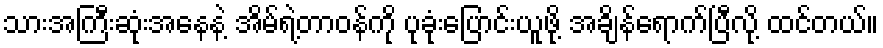
သားအကြီးဆုံးအနေနဲ့ အိမ်ရဲ့တာဝန်ကို ပုခုံးပြောင်းယူဖို့ အချိန်ရောက်ပြီလို့ ထင်တယ်။